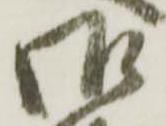
御